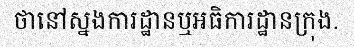
ថានៅស្នងការដ្ឋានឬអធិការដ្ឋានក្រុង.